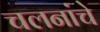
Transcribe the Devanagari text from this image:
चलनांचे